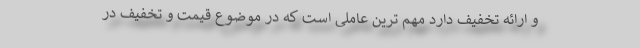
و ارائه تخفیف دارد مهم ترین عاملی است که در موضوع قیمت و تخفیف در